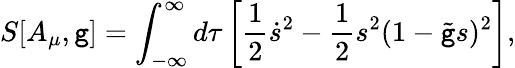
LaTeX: S[A_{\mu},\mathtt{g}]=\int_{-\infty}^{\infty}d\tau\left[{\frac{{1}}{{2}}}\dot{{s}}^{2}-{\frac{{1}}{{2}}}s^{2}(1-\tilde{{\mathtt{g}}}s)^{2}\right],